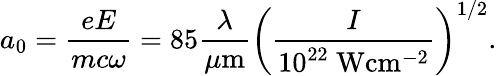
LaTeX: a_{0}=\frac{eE}{mc\omega}=85\frac{\lambda}{\mu\mathrm{m}}\left(\frac{I}{10^{22}~\mathrm{W}\mathrm{cm}^{-2}}\right)^{1/2}.